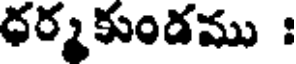
ధర్మకుండము :